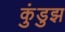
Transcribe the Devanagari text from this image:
कुंडुझ